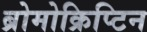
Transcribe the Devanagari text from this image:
ब्रोमोक्रिप्टिन